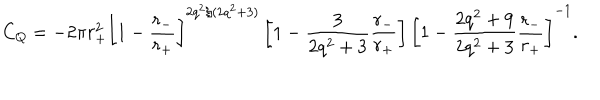
C _ { Q } = - 2 \pi r _ { + } ^ { 2 } \left[ 1 - \frac { r _ { - } } { r _ { + } } \right] ^ { 2 q ^ { 2 } / ( 2 q ^ { 2 } + 3 ) } \left[ 1 - \frac { 3 } { 2 q ^ { 2 } + 3 } \frac { r _ { - } } { r _ { + } } \right] \left[ 1 - \frac { 2 q ^ { 2 } + 9 } { 2 q ^ { 2 } + 3 } \frac { r _ { - } } { r _ { + } } \right] ^ { - 1 } .